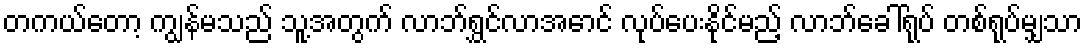
တကယ်တော့ ကျွန်မသည် သူ့အတွက် လာဘ်ရွှင်လာအောင် လုပ်ပေးနိုင်မည့် လာဘ်ခေါ်ရုပ် တစ်ရုပ်မျှသာ